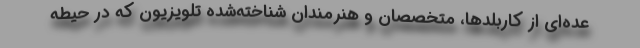
عده‌ای از کاربلدها، متخصصان و هنرمندان شناخته‌شده تلویزیون که در حیطه